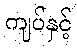
ကျပ်နှင့်